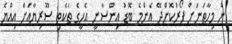
ން މިހާތަނަށް ފޯރުކޮށްދޭ އެންމެ ބޮޑު އިންސާނީ އެހީގެ ތަކެތި ސޫރިޔާއަށް އިއްޔެ